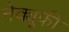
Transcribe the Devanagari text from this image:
नेक्यूफी